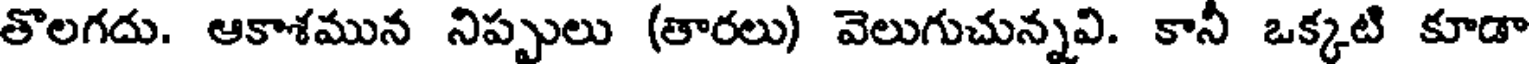
తొలగదు. ఆకాశమున నిప్పులు (తారలు) వెలుగుచున్నవి. కాని ఒక్కటి కూడా